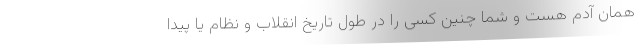
همان آدم هست و شما چنین کسی را در طول تاریخ انقلاب و نظام یا پیدا